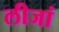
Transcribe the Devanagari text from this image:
लीजां